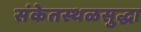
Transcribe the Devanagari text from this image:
संकेतस्थळसुद्धा